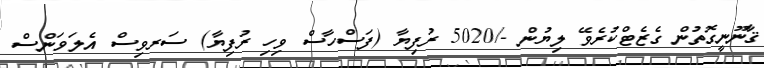
ޤާނޫނީގޮތުން ގެޒެޓްކުރެވޭ ލިޔުން -/5020 ރުފިޔާ (ފަސްހާސް ވިހި ރުފިޔާ) ސަރވިސް އެލަވަންސް